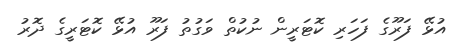
އުޅޭ ފަރޫގެ ފަހަރި ކޮޓަރީން ނުކުތް ވަގުތު ފަރޫ އުޅޭ ކޮޓަރީގެ ދޮރު